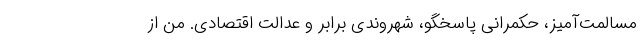
مسالمت‌آمیز، حکمرانی پاسخگو، شهروندی برابر و عدالت اقتصادی. من از